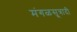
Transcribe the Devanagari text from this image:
मंगळसूत्रादी